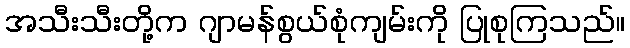
အသီးသီးတို့က ဂျာမန်စွယ်စုံကျမ်းကို ပြုစုကြသည်။